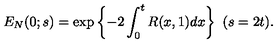
E _ { N } ( 0 ; s ) = \exp \left\{ - 2 \int _ { 0 } ^ { t } R ( x , 1 ) d x \right\} \ ( s = 2 t ) .